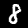
Label: 8